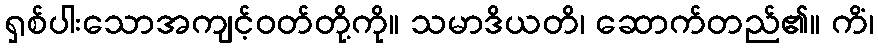
ရှစ်ပါးသောအကျင့်ဝတ်တို့ကို။ သမာဒိယတိ၊ ဆောက်တည်၏။ ကိံ၊